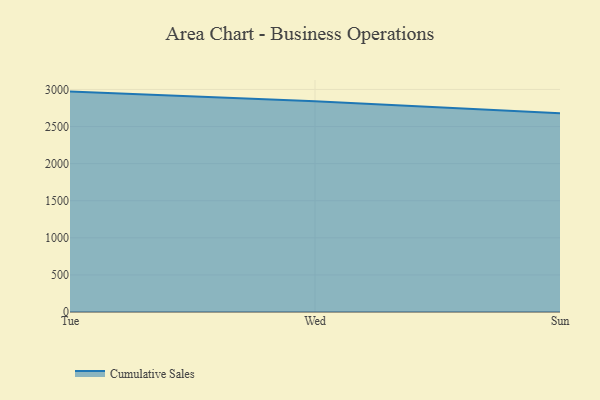
{"axis": {"x": "Day", "y": "Conversion Rate (%)"}, "legend": ["Cumulative Sales"], "data": [{"x": "Tue", "y": 2971.2, "type": "Cumulative Sales"}, {"x": "Wed", "y": 2840.8, "type": "Cumulative Sales"}, {"x": "Sun", "y": 2680.4, "type": "Cumulative Sales"}]}